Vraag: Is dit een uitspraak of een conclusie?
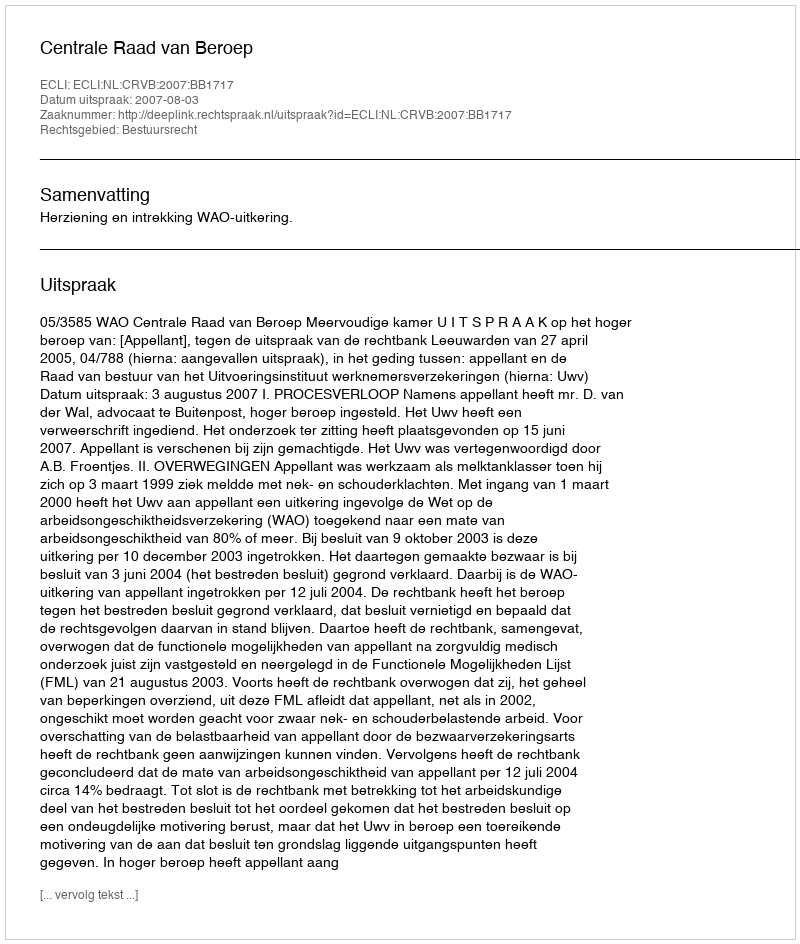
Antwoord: Uitspraak